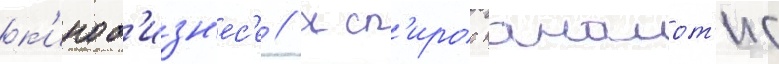
к'иноб'изн'ес'е // Сп'ирос панаиот'ис